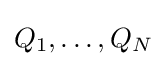
Q_{1},\dots ,Q_{N}